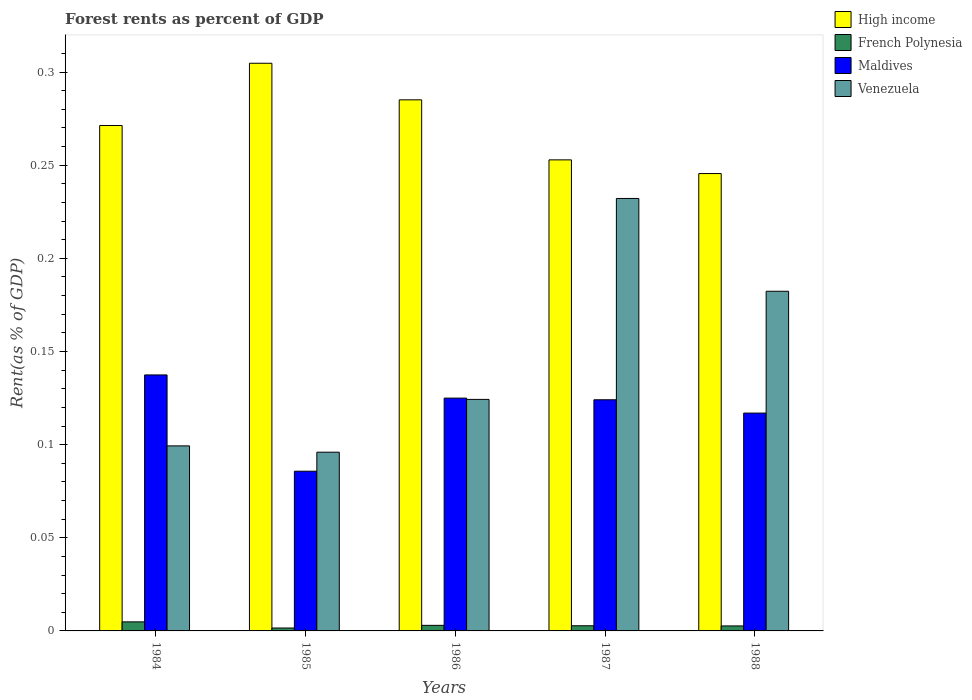
| Years | High income | French Polynesia | Maldives | Venezuela |
 | --- | --- | --- | --- | --- |
 | 1984 | 0.271 | 0.00486 | 0.137 | 0.0993 |
 | 1985 | 0.305 | 0.00156 | 0.0857 | 0.0959 |
 | 1986 | 0.285 | 0.00299 | 0.125 | 0.124 |
 | 1987 | 0.253 | 0.00277 | 0.124 | 0.232 |
 | 1988 | 0.246 | 0.00268 | 0.117 | 0.182 |